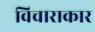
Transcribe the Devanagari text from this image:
विचाराकार